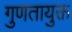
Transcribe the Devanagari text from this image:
गुणतायुक्त